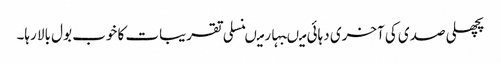
پچھلی صدی کی آخری دہائی میںبہار میںنسلی تقریبات کا خوب بول بالا رہا۔